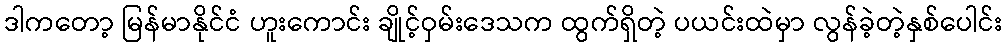
ဒါကတော့ မြန်မာနိုင်ငံ ဟူးကောင်း ချိုင့်ဝှမ်းဒေသက ထွက်ရှိတဲ့ ပယင်းထဲမှာ လွန်ခဲ့တဲ့နှစ်ပေါင်း